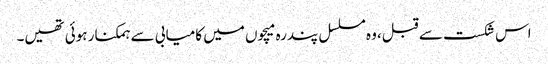
اس شکست سے قبل، وہ مسلسل پندرہ میچوں میں کامیابی سے ہمکنار ہوئی تھیں۔